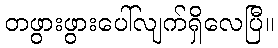
တဖွားဖွားပေါ်လျက်ရှိလေပြီ။